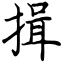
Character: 揖